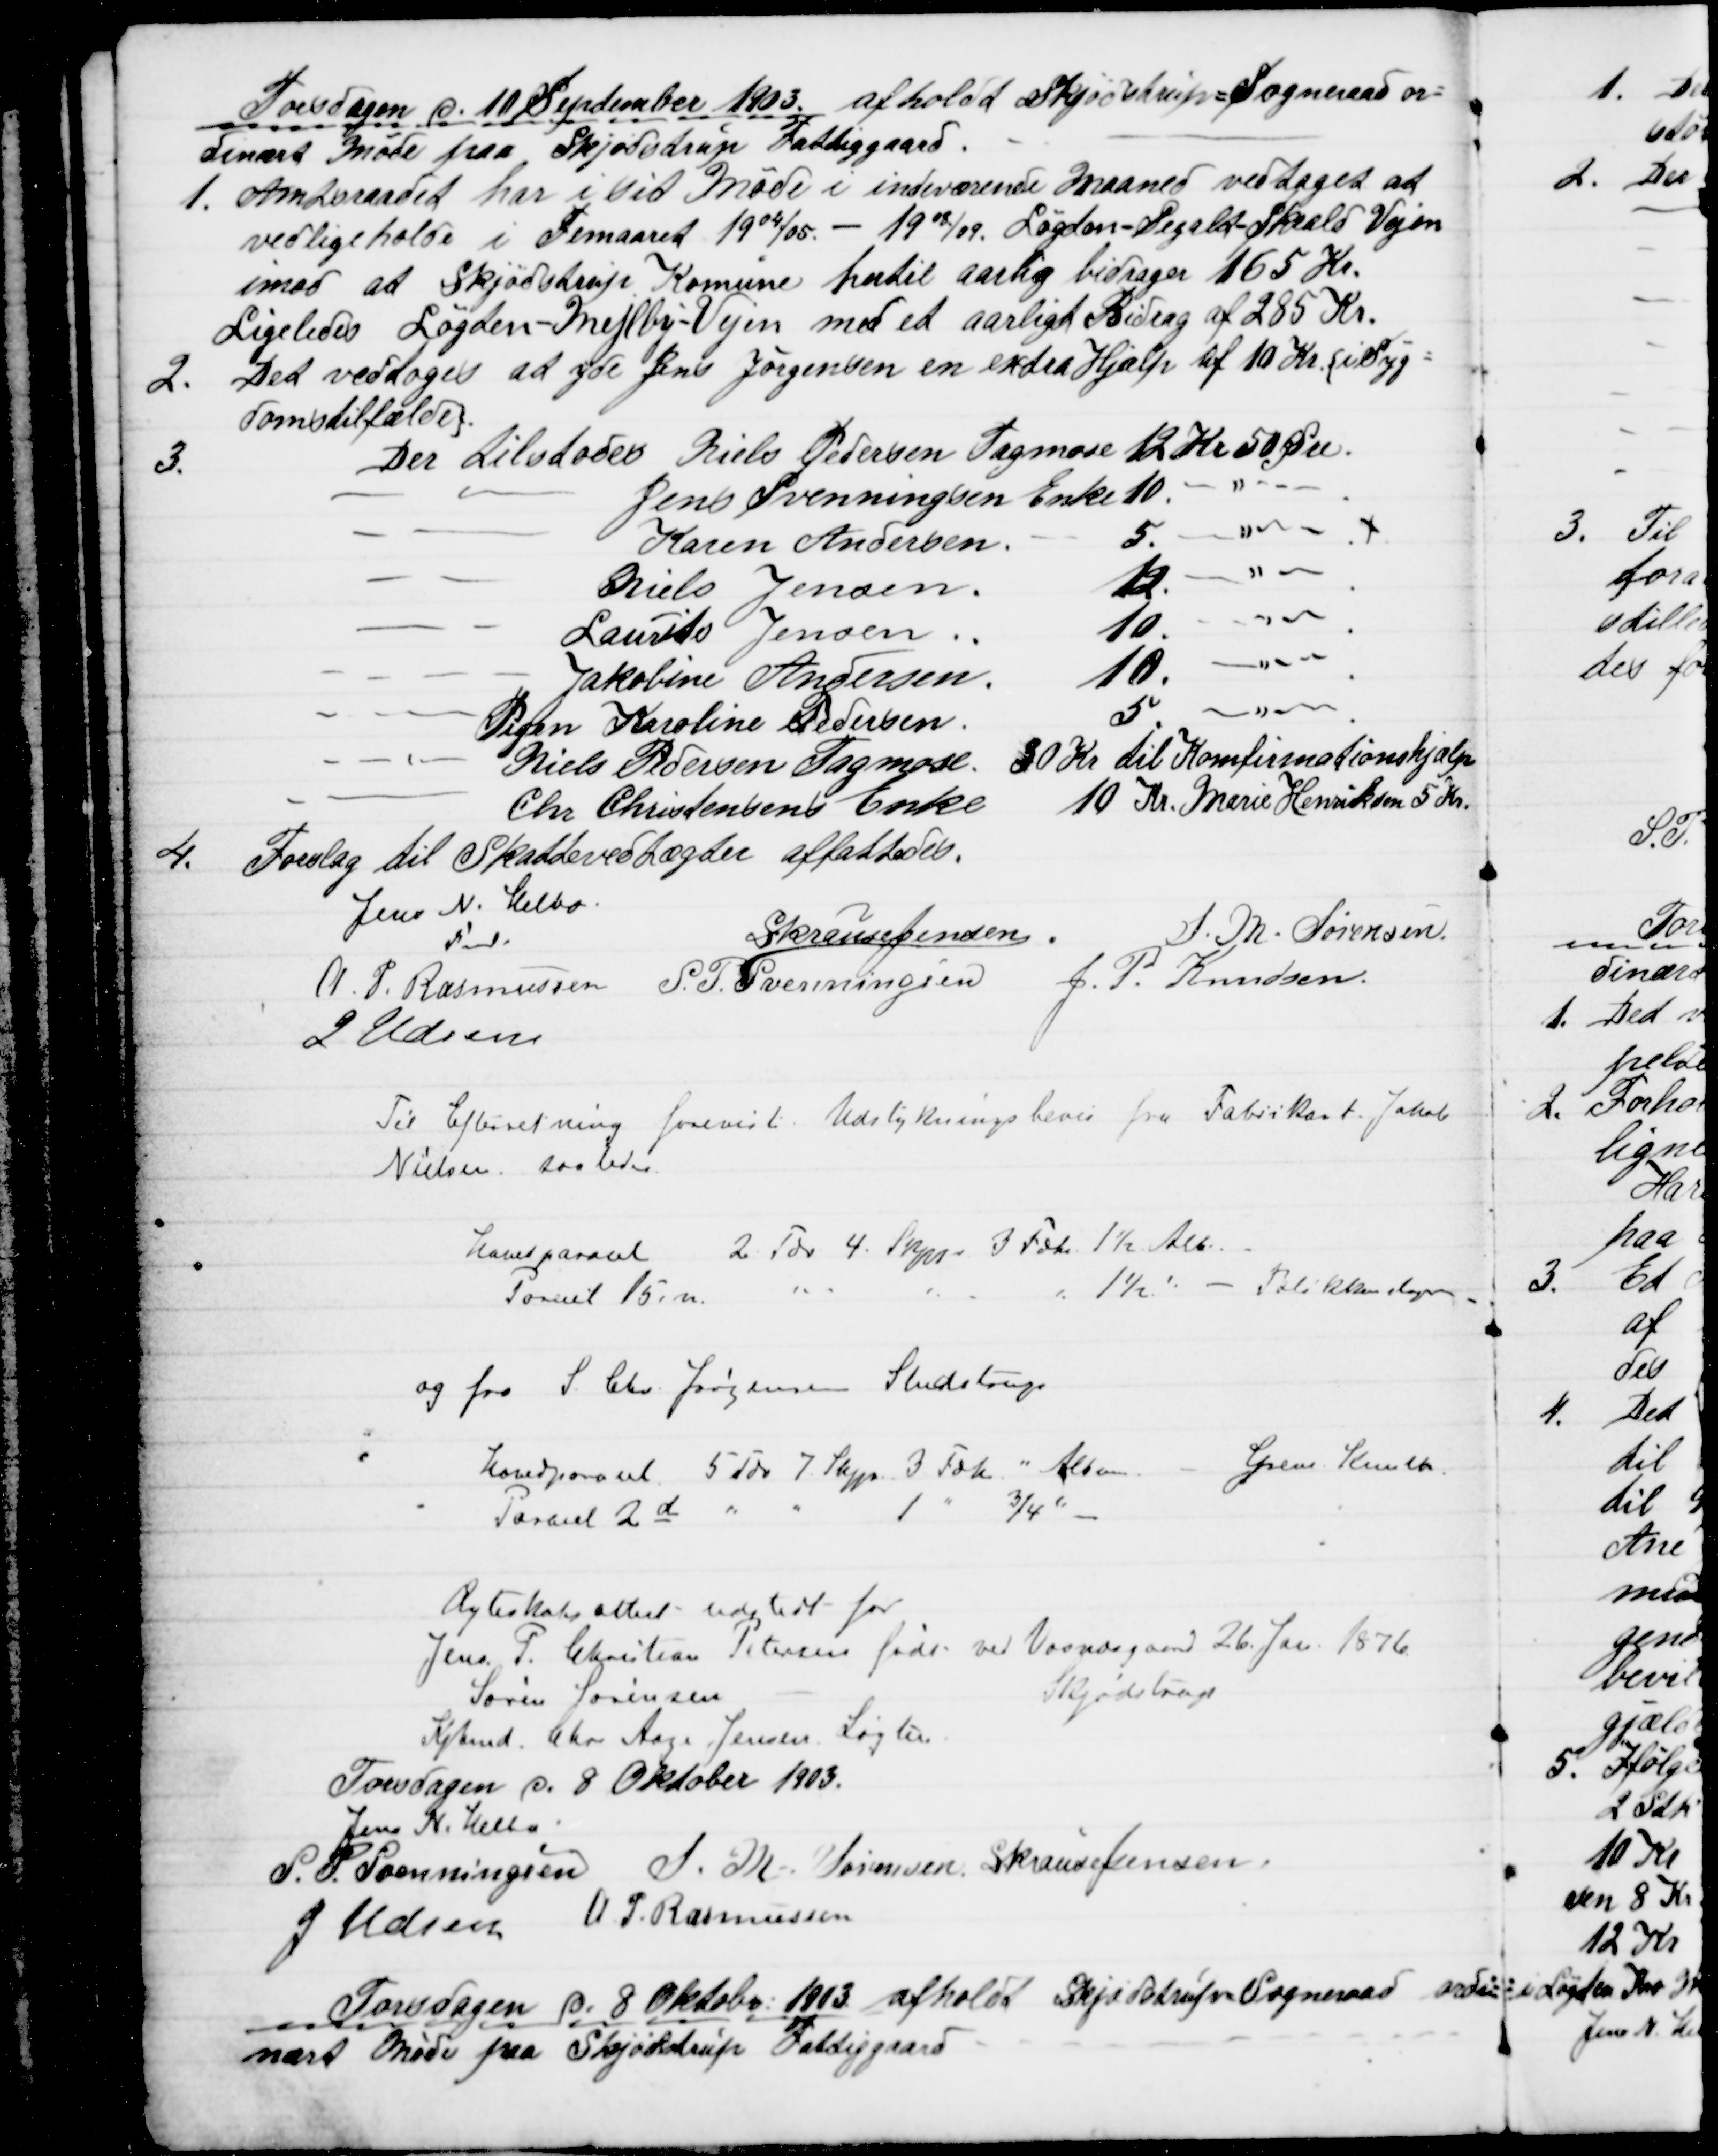
Transskription:
Torsdagen d. 10 September 1903 afholdt Skjødstrup Sogneraad or=
dinært Møde paa Skjødstrup Fattiggaard.
1. Amtsraadet har i sit Møde i indeværende Maaned vedtaget at
vedligeholde i Femaaret 1904/05 - 1908/09. Løgten - Segalt - Skrald Vejen
imod at Skjødstrup Komune hertil aarlig bidrager 165 Kr.
Ligeledes Løgten - Mejlby - Vejen med et aarligt Bidrag af 285 Kr.
2.
Det vedtoges at yde Jens Jørgensen en extra Hjælp af 10 Kr. {i Syg
domstilfælde}.
3. 
Der tilstodes Niels Pedersen Tagmose 12 Kr 50 Øre.
Jens Svenningsen Enke 10.
Karen Andersen
5.
Niels Jensen
12.
Laurits Jensen
10.
Jakobine Andersen.
10.
Pigen Karoline Pedersen.
5.
Niels Pedersen Tagmose. 30 Kr til Konfirmationshjælp
Chr. Christensens Enke
10 Kr. Marie Henriksen 5 Kr.
4.
Forslag til Skattevedtægter affattedes.
Jens N. Helbo
Fmd.
S Krause Jensen
S. M. Sørensen
A. P. Rasmussen S. P. Svenningsen
J. P. Knudsen
J Udsen
Til Efterretning forevist Udstykningsbevis fra Fabrikant. Jakob
Nielsen, saaledes.
Hovedparacel 2 Tdr 4. Skpr. 3 Fdk. 1½ Alb.
Parecel 15.n.
1½ 
Polikkendagen
og fra S. Chr. Jørgensen Studstrup
Hovedparacel 5 Tdr 7 Skp. 3 Fdk. " Album. - Greve Knuth,
Paracel 2d 
1 " ¾ "
Ægteskabsattest udstedt for
Jens P. Christian Petersen født ved Vosnæsgaard 26 Jan. 1876
Søren Sørensen
Skjødstrup
Kjbmd. Chr. Aage Jensen, Løgten
Torsdagen d. 8 Oktober 1903.
Jens N. Helbo
S. P. Svenningsen S. M. Sørensen S Krause Jensen
J Udsen A. P. Rasmussen
Torsdagen d. 8 Oktober 1903 afholdt Skjødstrup Sogneraad ordi=
nært Møde fra Skjødstrup Fattiggaard